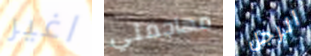
اغير مهاجمتي الرجل